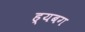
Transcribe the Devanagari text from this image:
ह्यबग